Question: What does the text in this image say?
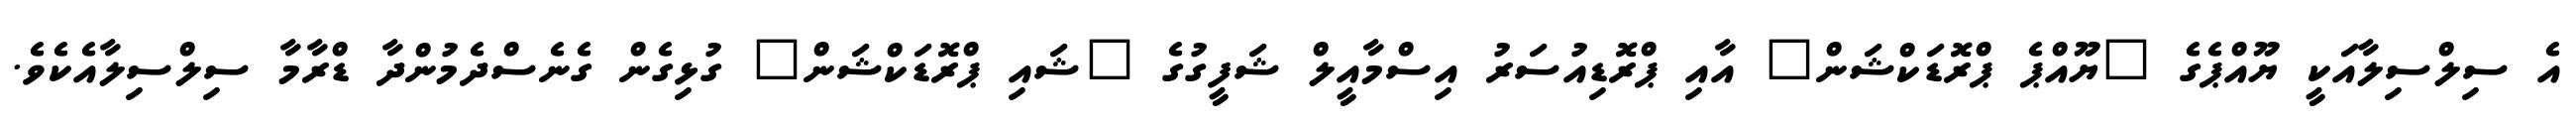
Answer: އެ ސިލްސިލާއަކީ ޔޫއްޕެގެ "ޔޫއްޕެ ޕްރޮޑަކްޝަން" އާއި ޕްރޮޑިއުސަރު އިސްމާއީލް ޝަފީގުގެ "ޝައި ޕްރޮޑަކްޝަން" ގުޅިގެން ގެނެސްދެމުންދާ ޑްރާމާ ސިލްސިލާއެކެވެ.